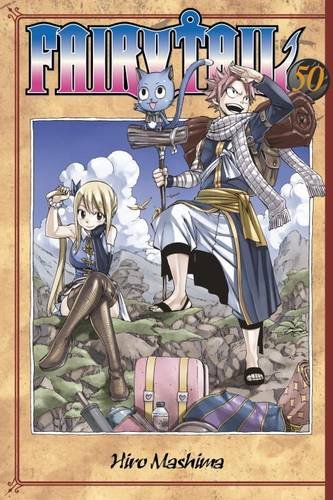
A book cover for Fairy Tail 50; Hiro Mashima; Comics & Graphic Novels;